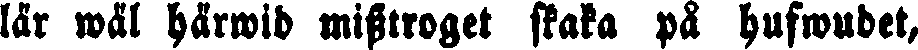
lär wäl härwid misttroget skaka på hufwudet,